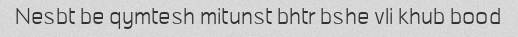
Nesbt be qymtesh mitunst bhtr bshe vli khub bood